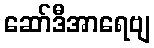
ဆော်ဒီအာရေဗျ